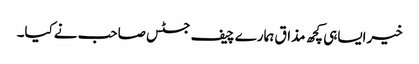
خیرایساہی کچھ مذاق ہمارے چیف جسٹس صاحب نےکیا۔